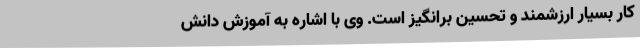
کار بسیار ارزشمند و تحسین‌ برانگیز است. وی با اشاره به آموزش دانش